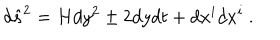
LaTeX: d { \hat { s } } ^ { 2 } = H d y ^ { 2 } \pm 2 d y d t + d x ^ { i } d x ^ { i } \ .